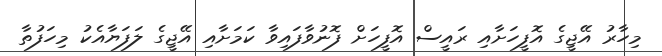
މިހާރު އޭޖީގެ އޮފީހަށާއި ރައީސް އޮފީހަށް ފޮނުވާފައިވާ ކަމަށާއި އޭޖީގެ ލަފަޔާއެކު މިހަފުތާ